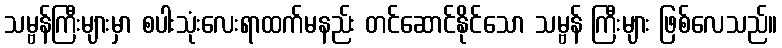
သမ္ဗန်ကြီးများမှာ စပါးသုံးလေးရာထက်မနည်း တင်ဆောင်နိုင်သော သမ္ဗန် ကြီးများ ဖြစ်လေသည်။